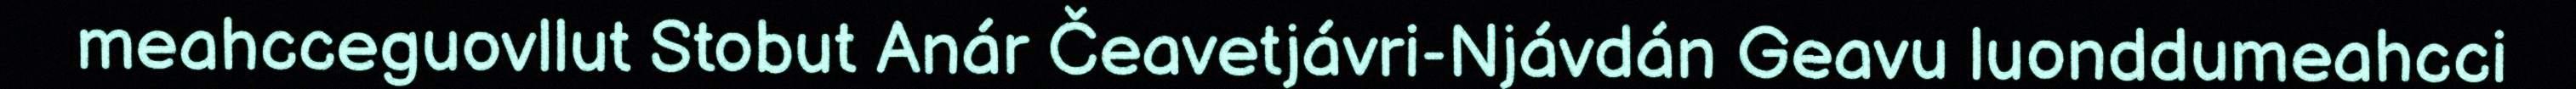
meahcceguovllut Stobut Anár Čeavetjávri-Njávdán Geavu luonddumeahcci